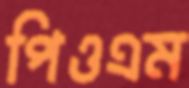
পিওএম